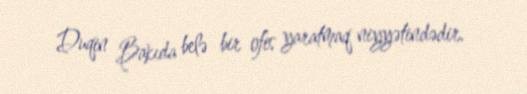
Duqin Bakıda belə bir ofis yaratmaq niyyətindədir.